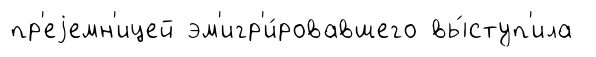
пр'еjемн'ицей эм'игр'и́ровавшего вы́ступ'ила